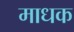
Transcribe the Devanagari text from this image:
माधक